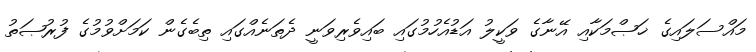
މައްސަލައިގެ ޚަޞްމަކާއި އޭނާގެ ވަކީލު އަޑުއެހުމުގައި ބައިވެރިވަނީ ދެތަނެއްގައި ތިބެގެން ކަމަށްވުމުގެ ފުރުޞަތު